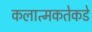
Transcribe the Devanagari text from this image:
कलात्मकतेकडे